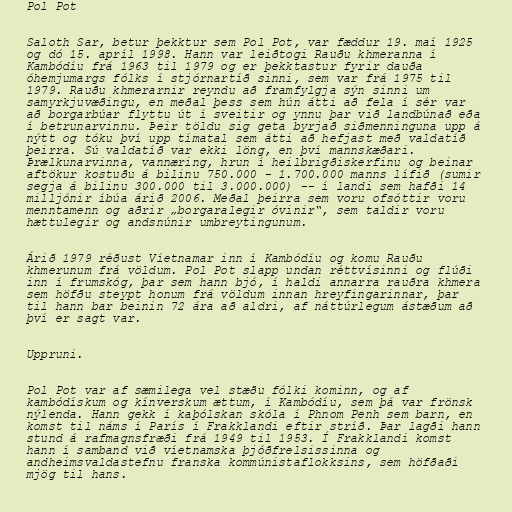
Pol Pot

Saloth Sar, betur þekktur sem Pol Pot, var fæddur 19. maí 1925
og dó 15. apríl 1998. Hann var leiðtogi Rauðu khmeranna í
Kambódíu frá 1963 til 1979 og er þekktastur fyrir dauða
óhemjumargs fólks í stjórnartíð sinni, sem var frá 1975 til
1979. Rauðu khmerarnir reyndu að framfylgja sýn sinni um
samyrkjuvæðingu, en meðal þess sem hún átti að fela í sér var
að borgarbúar flyttu út í sveitir og ynnu þar við landbúnað eða
í betrunarvinnu. Þeir töldu sig geta byrjað siðmenninguna upp á
nýtt og tóku því upp tímatal sem átti að hefjast með valdatíð
þeirra. Sú valdatíð var ekki löng, en því mannskæðari.
Þrælkunarvinna, vannæring, hrun í heilbrigðiskerfinu og beinar
aftökur kostuðu á bilinu 750.000 - 1.700.000 manns lífið (sumir
segja á bilinu 300.000 til 3.000.000) -- í landi sem hafði 14
milljónir íbúa árið 2006. Meðal þeirra sem voru ofsóttir voru
menntamenn og aðrir „borgaralegir óvinir“, sem taldir voru
hættulegir og andsnúnir umbreytingunum.

Árið 1979 réðust Víetnamar inn í Kambódíu og komu Rauðu
khmerunum frá völdum. Pol Pot slapp undan réttvísinni og flúði
inn í frumskóg, þar sem hann bjó, í haldi annarra rauðra khmera
sem höfðu steypt honum frá völdum innan hreyfingarinnar, þar
til hann bar beinin 72 ára að aldri, af náttúrlegum ástæðum að
því er sagt var.

Uppruni.

Pol Pot var af sæmilega vel stæðu fólki kominn, og af
kambódískum og kínverskum ættum, í Kambódíu, sem þá var frönsk
nýlenda. Hann gekk í kaþólskan skóla í Phnom Penh sem barn, en
komst til náms í París í Frakklandi eftir stríð. Þar lagði hann
stund á rafmagnsfræði frá 1949 til 1953. Í Frakklandi komst
hann í samband við víetnamska þjóðfrelsissinna og
andheimsvaldastefnu franska kommúnistaflokksins, sem höfðaði
mjög til hans.